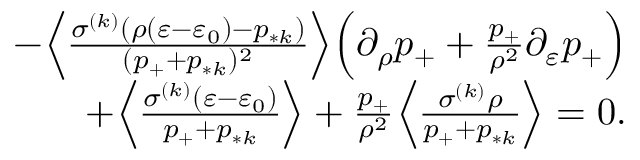
\begin{array} { r } { - \Big \langle \frac { \sigma ^ { ( k ) } ( \rho ( \varepsilon - \varepsilon _ { 0 } ) - p _ { * k } ) } { ( p _ { + } + p _ { * k } ) ^ { 2 } } \Big \rangle \Big ( \partial _ { \rho } p _ { + } + \frac { p _ { + } } { \rho ^ { 2 } } \partial _ { \varepsilon } p _ { + } \Big ) } \\ { + \Big \langle \frac { \sigma ^ { ( k ) } ( \varepsilon - \varepsilon _ { 0 } ) } { p _ { + } + p _ { * k } } \Big \rangle + \frac { p _ { + } } { \rho ^ { 2 } } \Big \langle \frac { \sigma ^ { ( k ) } \rho } { p _ { + } + p _ { * k } } \Big \rangle = 0 . } \end{array}